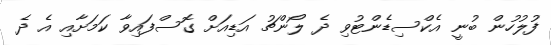
ފުލުހުން ބުނީ އެކްސިޑެންޓުވި ދެ ލޯންޗު އަޑިއަށް ގޮސްފައިވާ ކަމަށާއި އެ ދެ